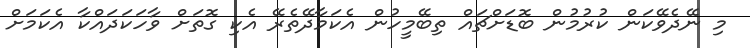
މި ނޭދެވޭކަން ކުރުމުން ބޮޑަށްޗައް ތިބޭމީހުން އެކަމާދޭތެރޭ އެކި ގޮތަށް ވާހަކަދައްކާ އެކަމަށް